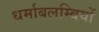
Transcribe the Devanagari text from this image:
धर्माबलम्बियों